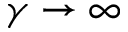
\gamma \to \infty